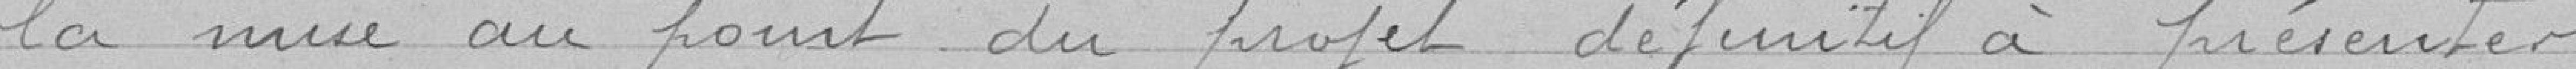
la mise au point du projet définitif à présenter.